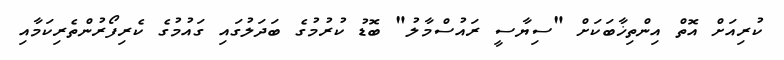
ކުރިއަށް އޮތް އިންތިޚާބަކަށް "ސިޔާސީ ރައުސްމާލު" ބޮޑު ކުރުމުގެ ބަދަލުގައި ގައުމުގެ ކެރިފޯރުންތެރިކަމާއި